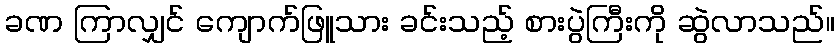
ခဏ ကြာလျှင် ကျောက်ဖြူသား ခင်းသည့် စားပွဲကြီးကို ဆွဲလာသည်။